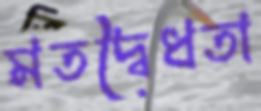
মতদ্বৈধতা